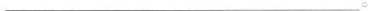
___。